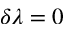
\delta \lambda = 0